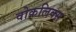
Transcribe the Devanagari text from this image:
वोकलिक्स